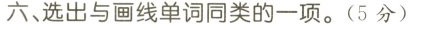
六、选出与画线单词同类的一项.(5 分)